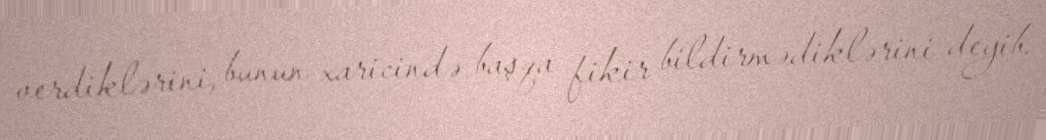
verdiklərini, bunun xaricində başqa fikir bildirmədiklərini deyib.